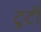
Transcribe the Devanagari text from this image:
टुटी